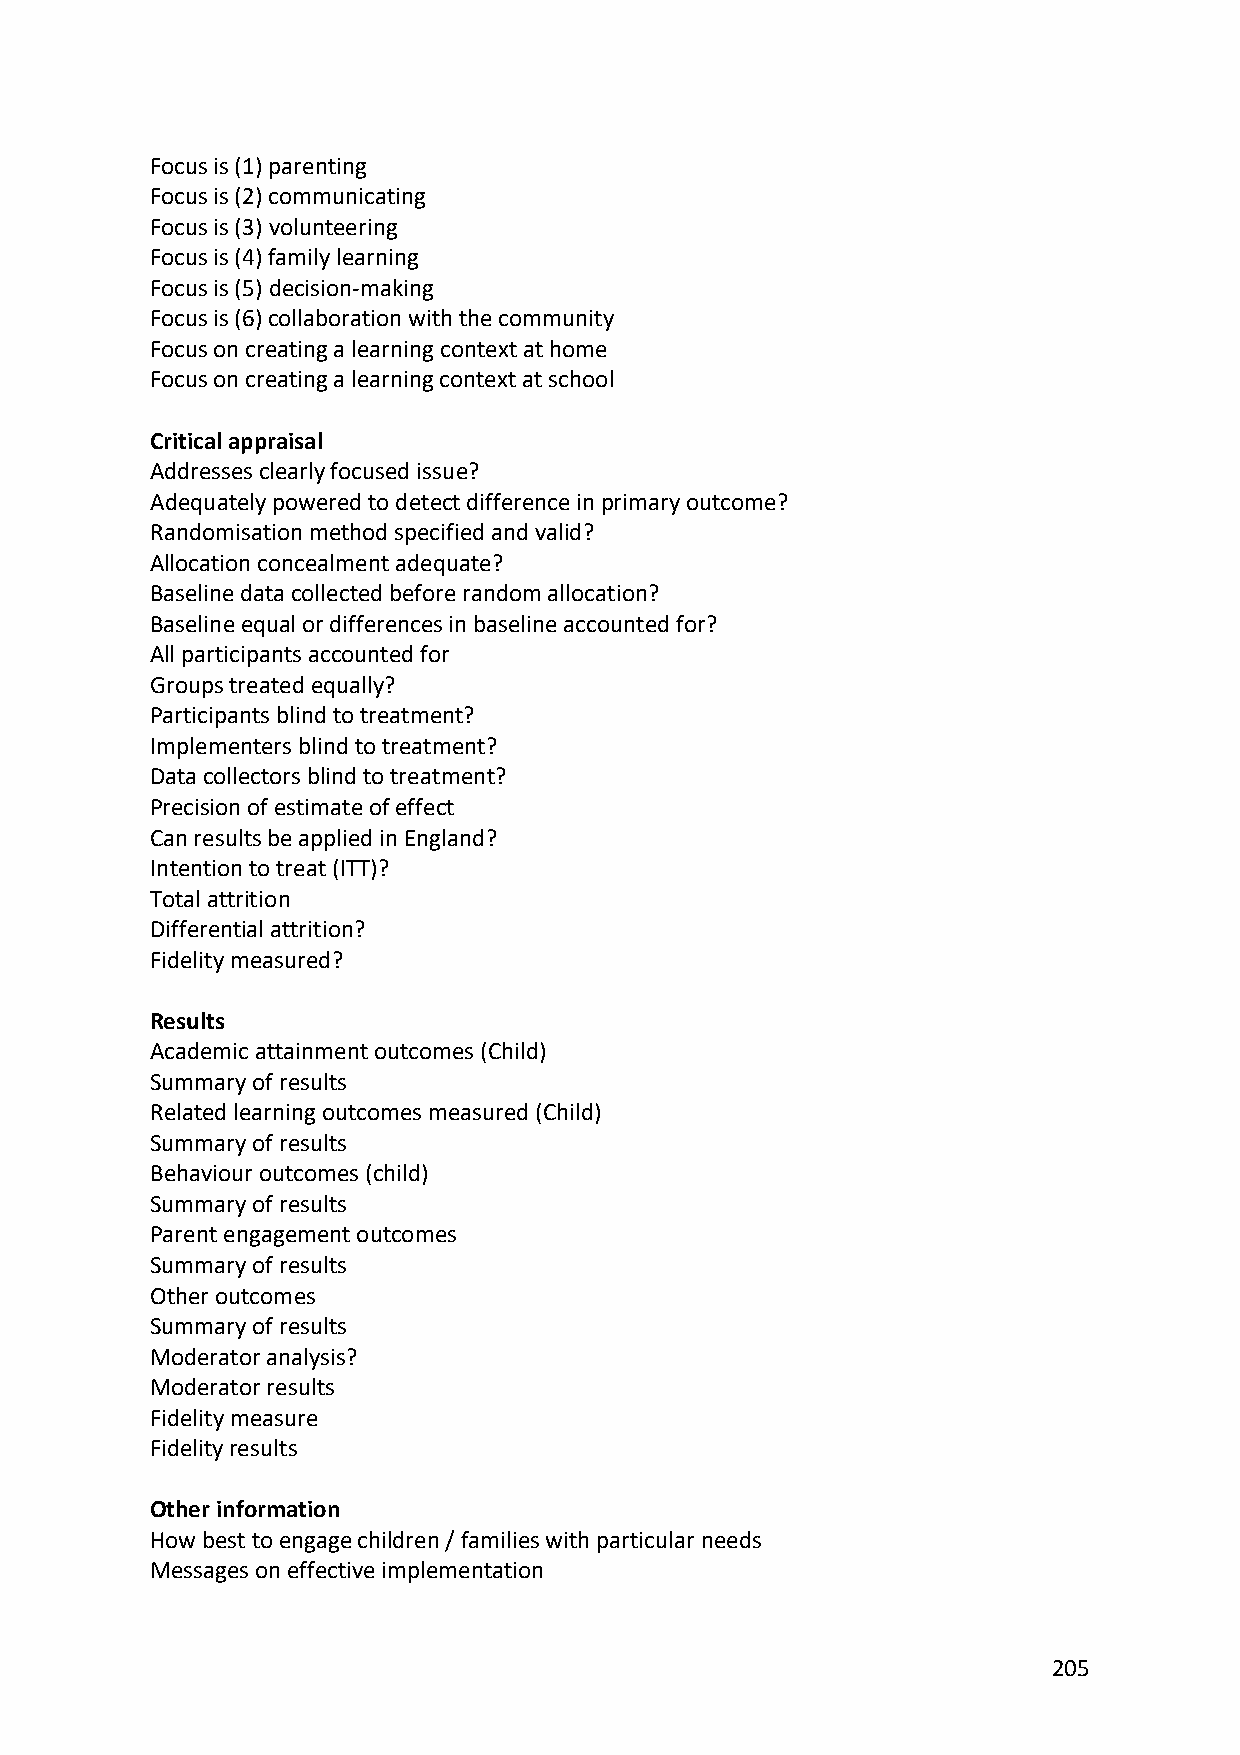
Focus is (1) parenting
 Focus is (2) communicating
 Focus is (3) volunteering
 Focus is (4) family learning
 Focus is (5) decision-making
 Focus is (6) collaboration with the community
 Focus on creating a learning context at home
 Focus on creating a learning context at school
 Critical appraisal
 Addresses clearly focused issue?
 Adequately powered to detect difference in primary outcome?
 Randomisation method specified and valid?
 Allocation concealment adequate?
 Baseline data collected before random allocation?
 Baseline equal or differences in baseline accounted for?
 All participants accounted for
 Groups treated equally?
 Participants blind to treatment?
 Implementers blind to treatment?
 Data collectors blind to treatment?
 Precision of estimate of effect
 Can results be applied in England?
 Intention to treat (ITT)?
 Total attrition
 Differential attrition?
 Fidelity measured?
 Results
 Academic attainment outcomes (Child)
 Summary of results
 Related learning outcomes measured (Child)
 Summary of results
 Behaviour outcomes (child)
 Summary of results
 Parent engagement outcomes
 Summary of results
 Other outcomes
 Summary of results
 Moderator analysis?
 Moderator results
 Fidelity measure
 Fidelity results
 Other information
 How best to engage children / families with particular needs
 Messages on effective implementation
 205